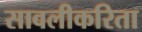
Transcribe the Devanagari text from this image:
सावलीकरिता